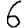
Digit: 6